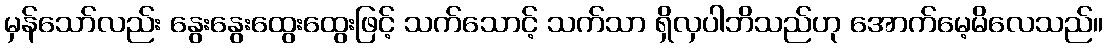
မှန်သော်လည်း နွေးနွေးထွေးထွေးဖြင့် သက်သောင့် သက်သာ ရှိလှပါဘိသည်ဟု အောက်မေ့မိလေသည်။